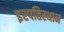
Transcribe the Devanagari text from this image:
इरपतिस्थान